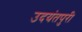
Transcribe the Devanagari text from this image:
उदयंतपुरी